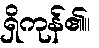
ရှိကုန်၏။